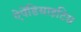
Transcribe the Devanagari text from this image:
ऐपेंडिसाइटिस